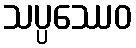
သပ္ပဿေဝ